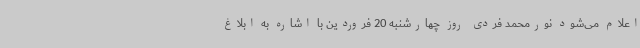
اعلام می‌شود نورمحمد فردی روز چهارشنبه 20 فروردین با اشاره به ابلاغ